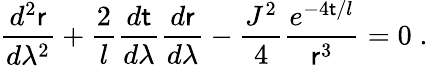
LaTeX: \frac{d^{2}{\sf r}}{d\lambda^{2}}+\frac{2}{l}\frac{d\sf t}{d\lambda}\frac{d{\sf r}}{d\lambda}-\frac{J^{2}}{4}\frac{e^{-4{\sf t}/l}}{{\sf r}^{3}}=0\; .